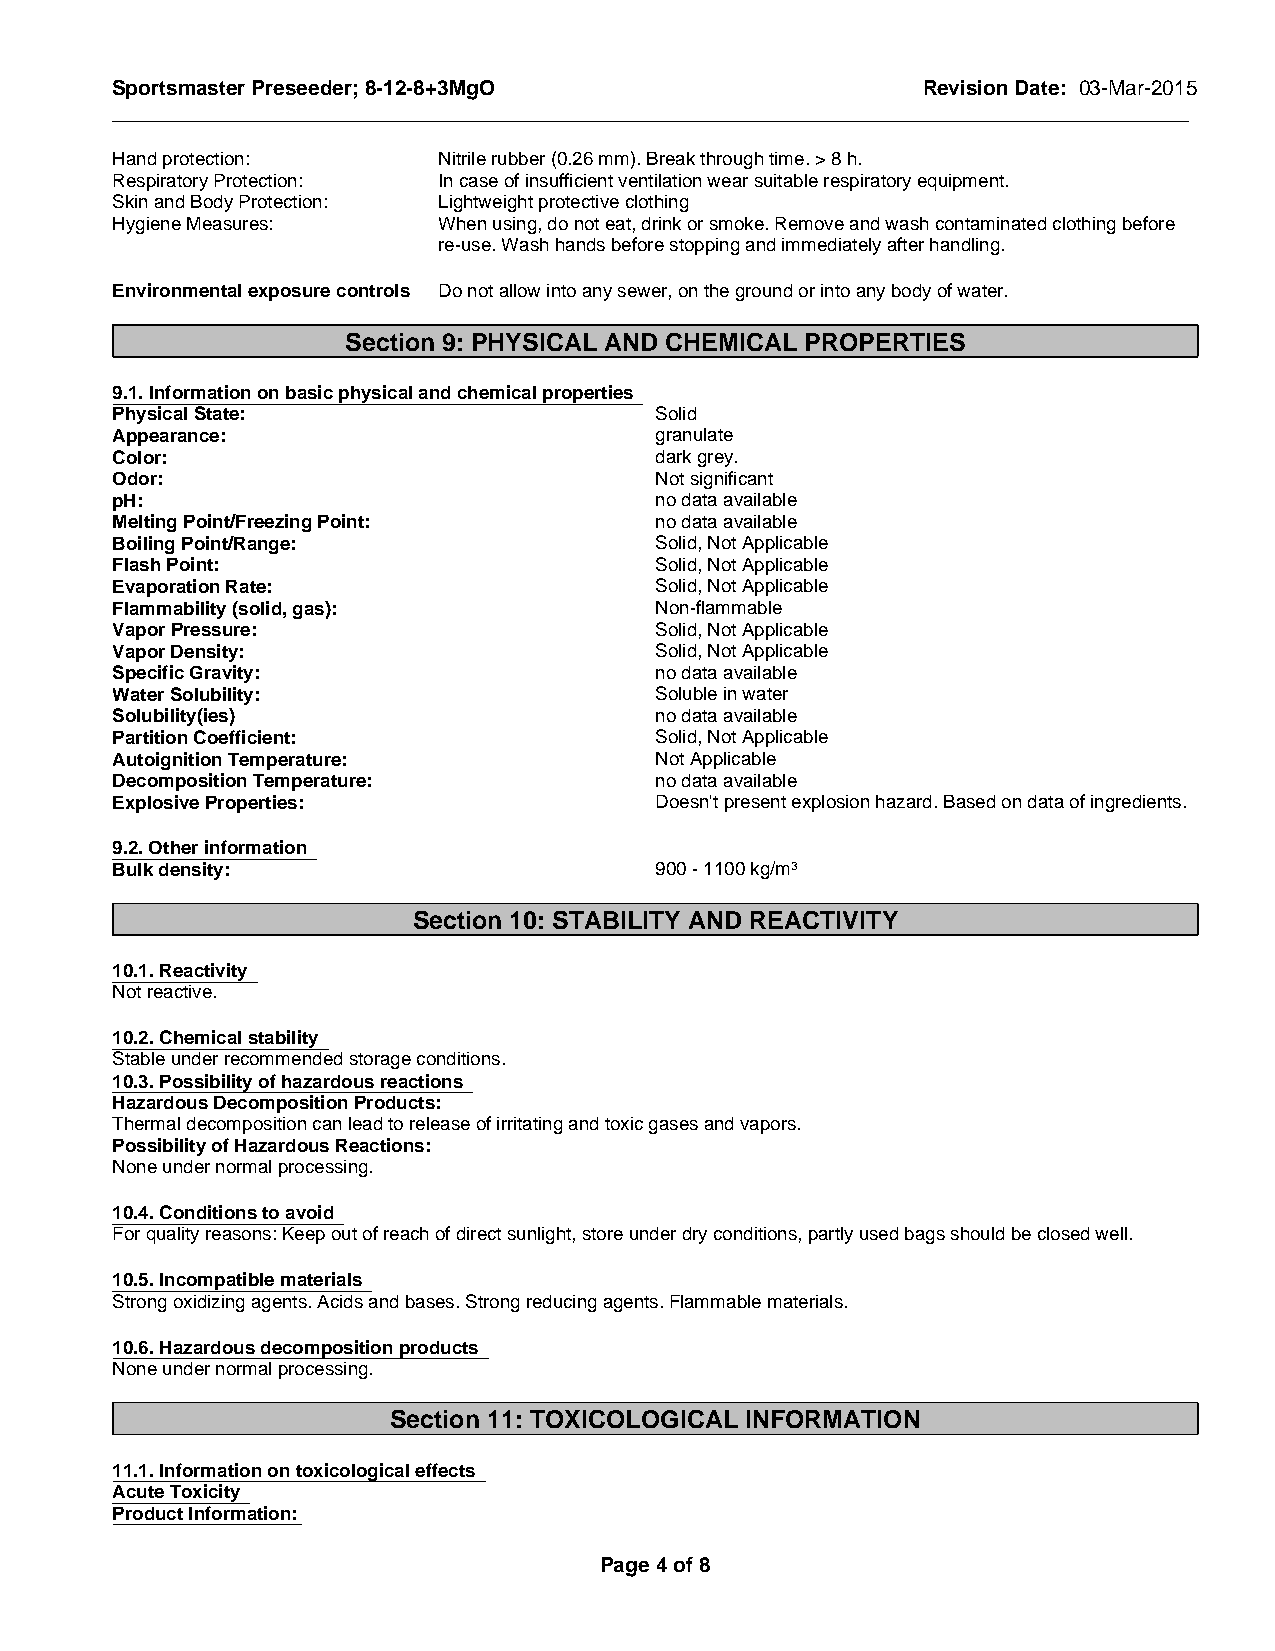
Sportsmaster Preseeder; 8-12-8+3MgO                   Revision Date: 03-Mar-2015
 _____________________________________________________________________________________________
 Hand protection:      Nitrile rubber (0.26 mm). Break through time. > 8 h.
 Respiratory Protection: In case of insufficient ventilation wear suitable respiratory equipment.
 Skin and Body Protection: Lightweight protective clothing
 Hygiene Measures:     When using, do not eat, drink or smoke. Remove and wash contaminated clothing before
 re-use. Wash hands before stopping and immediately after handling.
 Environmental exposure controls Do not allow into any sewer, on the ground or into any body of water.
 Section 9: PHYSICAL AND CHEMICAL PROPERTIES
 9.1. Information on basic physical and chemical properties
 Physical State:                     Solid
 Appearance:                         granulate
 Color:                              dark grey.
 Odor:                               Not significant
 pH:                                 no data available
 Melting Point/Freezing Point:       no data available
 Boiling Point/Range:                Solid, Not Applicable
 Flash Point:                        Solid, Not Applicable
 Evaporation Rate:                   Solid, Not Applicable
 Flammability (solid, gas):          Non-flammable
 Vapor Pressure:                     Solid, Not Applicable
 Vapor Density:                      Solid, Not Applicable
 Specific Gravity:                   no data available
 Water Solubility:                   Soluble in water
 Solubility(ies)                     no data available
 Partition Coefficient:              Solid, Not Applicable
 Autoignition Temperature:           Not Applicable
 Decomposition Temperature:          no data available
 Explosive Properties:               Doesn't present explosion hazard. Based on data of ingredients.
 9.2. Other information
 Bulk density:                       900 - 1100 kg/m3
 Section 10: STABILITY AND REACTIVITY
 10.1. Reactivity
 Not reactive.
 10.2. Chemical stability
 Stable under recommended storage conditions.
 10.3. Possibility of hazardous reactions
 Hazardous Decomposition Products:
 Thermal decomposition can lead to release of irritating and toxic gases and vapors.
 Possibility of Hazardous Reactions:
 None under normal processing.
 10.4. Conditions to avoid
 For quality reasons: Keep out of reach of direct sunlight, store under dry conditions, partly used bags should be closed well.
 10.5. Incompatible materials
 Strong oxidizing agents. Acids and bases. Strong reducing agents. Flammable materials.
 10.6. Hazardous decomposition products
 None under normal processing.
 Section 11: TOXICOLOGICAL INFORMATION
 11.1. Information on toxicological effects
 Acute Toxicity
 Product Information:
 Page 4 of 8